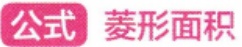
公式 菱形面积